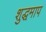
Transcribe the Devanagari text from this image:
शुद्धमाप